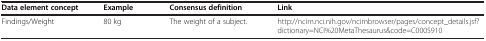
<table><thead><tr><td><b>Data element concept</b></td><td><b>Example</b></td><td><b>Consensus definition</b></td><td><b>Link</b></td></tr></thead><tbody><tr><td>Findings/Weight</td><td>80 kg</td><td>The weight of a subject.</td><td>http://ncim.nci.nih.gov/ncimbrowser/pages/concept_details.jsf?dictionary=NCI%20MetaThesaurus&amp;code=C0005910</td></tr></tbody></table>